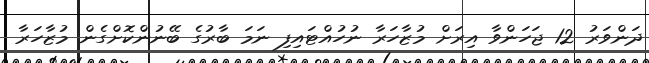
ދަންވަރު 12 ޖަހަންވާ އިރަށް މުޒާހަރާ ނުހުއްޓައިފި ނަމަ ބާރުގެ ބޭނުންކޮށްގެން މުޒާހަރާ